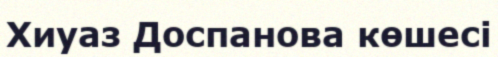
Хиуаз Доспанова көшесі